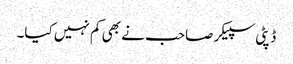
ڈپٹی سپیکر صاحب نے بھی کم نہیں کیا۔